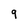
Character: 9